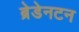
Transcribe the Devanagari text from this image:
ब्रेडेनटन